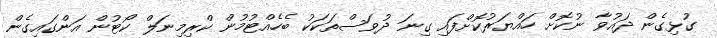
ގުޅިގެން ދައުވާ ނުކޮށް ހައްޔަރުކޮށްފައި ގިނަ ދުވަސްތަކަކު ބެހެއްޓުމުން ކްރިމިނަލް ކޯޓުން އަންގައިގެން